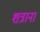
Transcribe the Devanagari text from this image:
शत्राना